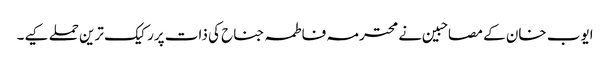
ایوب خان کے مصاحبین نے محترمہ فاطمہ جناح کی ذات پررکیک ترین حملے کیے۔